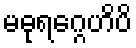
မဓုရဂ္ဂေဟိပိ